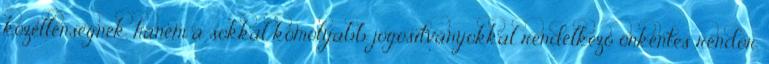
közellenségnek, hanem a sokkal komolyabb jogosítványokkal rendelkező önkéntes rendőr.